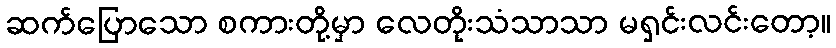
ဆက်ပြောသော စကားတို့မှာ လေတိုးသံသာသာ မရှင်းလင်းတော့။